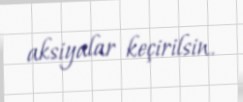
aksiyalar keçirilsin.